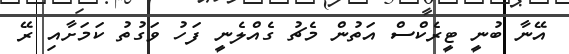
އޭނާ ބުނީ ޓީރެކްސް އަތުން މެޗު ގެއްލެނީ ފަހު ވަގުތު ކަމަށާއި ރޭ